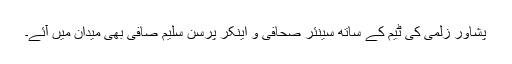
پشاور زلمی کی ٹیم کے ساتھ سینئر صحافی و اینکر پرسن سلیم صافی بھی میدان میں آئے۔